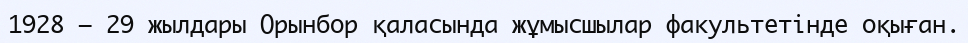
1928 — 29 жылдары Орынбор қаласында жұмысшылар факультетінде оқыған.